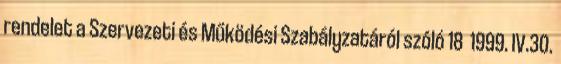
rendelet a Szervezeti és Működési Szabályzatáról szóló 18 1999. IV.30.